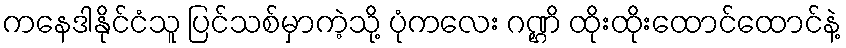
ကနေဒါနိုင်ငံသူ ပြင်သစ်မှာကဲ့သို့ ပုံကလေး ဂဏ္ဌိ ထိုးထိုးထောင်ထောင်နဲ့